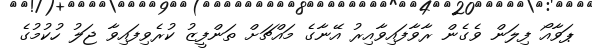
ޕަވާއޯ ފިލަން ވެގެން ރާވާފައިވާއިރު އޭނާގެ މައްޗަށް ތަންފީޒު ކުރެވިފައިވާ ޖަލު ހުކުމުގެ